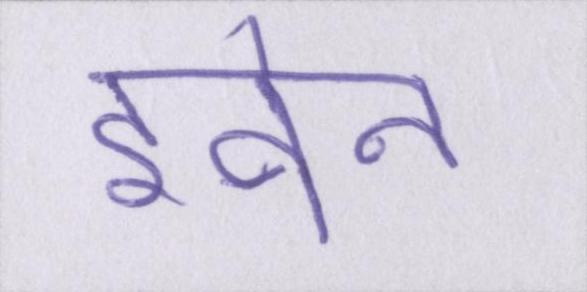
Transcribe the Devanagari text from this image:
इवेन